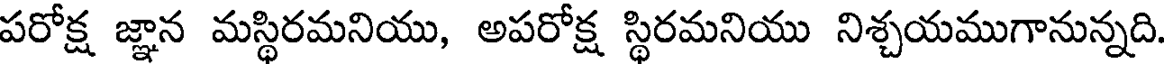
పరోక్ష జ్ఞాన మస్థిరమనియు, అపరోక్ష స్థిరమనియు నిశ్చయముగానున్నది